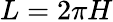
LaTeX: L=2\pi H